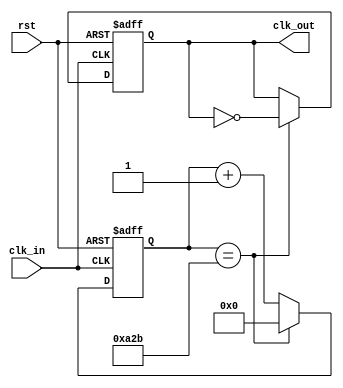
`timescale 1ns / 1ps
//////////////////////////////////////////////////////////////////////////////////
// (counter_ceil+1) * 2 times increase the period
//////////////////////////////////////////////////////////////////////////////////
module clock_divider(
    input clk_in,rst,
    output clk_out
    );
parameter integer counter_ceil = 2603;
reg [25:0] counter;
reg clock;

assign clk_out = clock;

always @(posedge clk_in, negedge rst) begin
if(~rst) begin
	counter <= 0;
	clock <= 0;
end
else begin
	counter <= counter + 1;
	if(counter==counter_ceil) begin
		counter <= 0;
		clock <= ~clock;
	end
end
end

endmodule